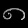
Digit: ၈